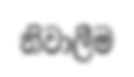
නිවාලීම